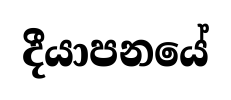
දීයාපනයේ